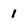
Character: 1